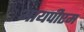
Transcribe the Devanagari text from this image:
आयपीएम